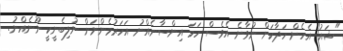
"ޝައު އެހެން ހަދާކަށް ނުވާނެ އެވެސް ހަމަ އިންސާނެއްނު އަހަރުމެންނަށް ނުލިބެނީކީ ނޫނެއްނު.